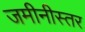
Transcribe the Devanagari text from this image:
जमीनीस्तर